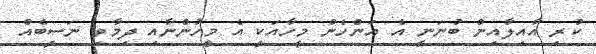
ކުރި އާއިލާއިން ބުނަނީ އެ އަންހެން މީހާއަކީ އެ މީހުންނާއި ދިމާވި ނަސީބެއް